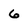
Character: 6